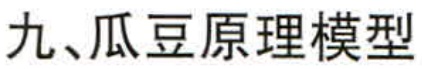
九、瓜豆原理模型